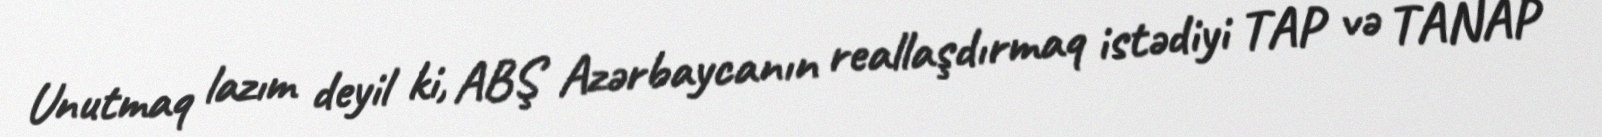
Unutmaq lazım deyil ki, ABŞ Azərbaycanın reallaşdırmaq istədiyi TAP və TANAP